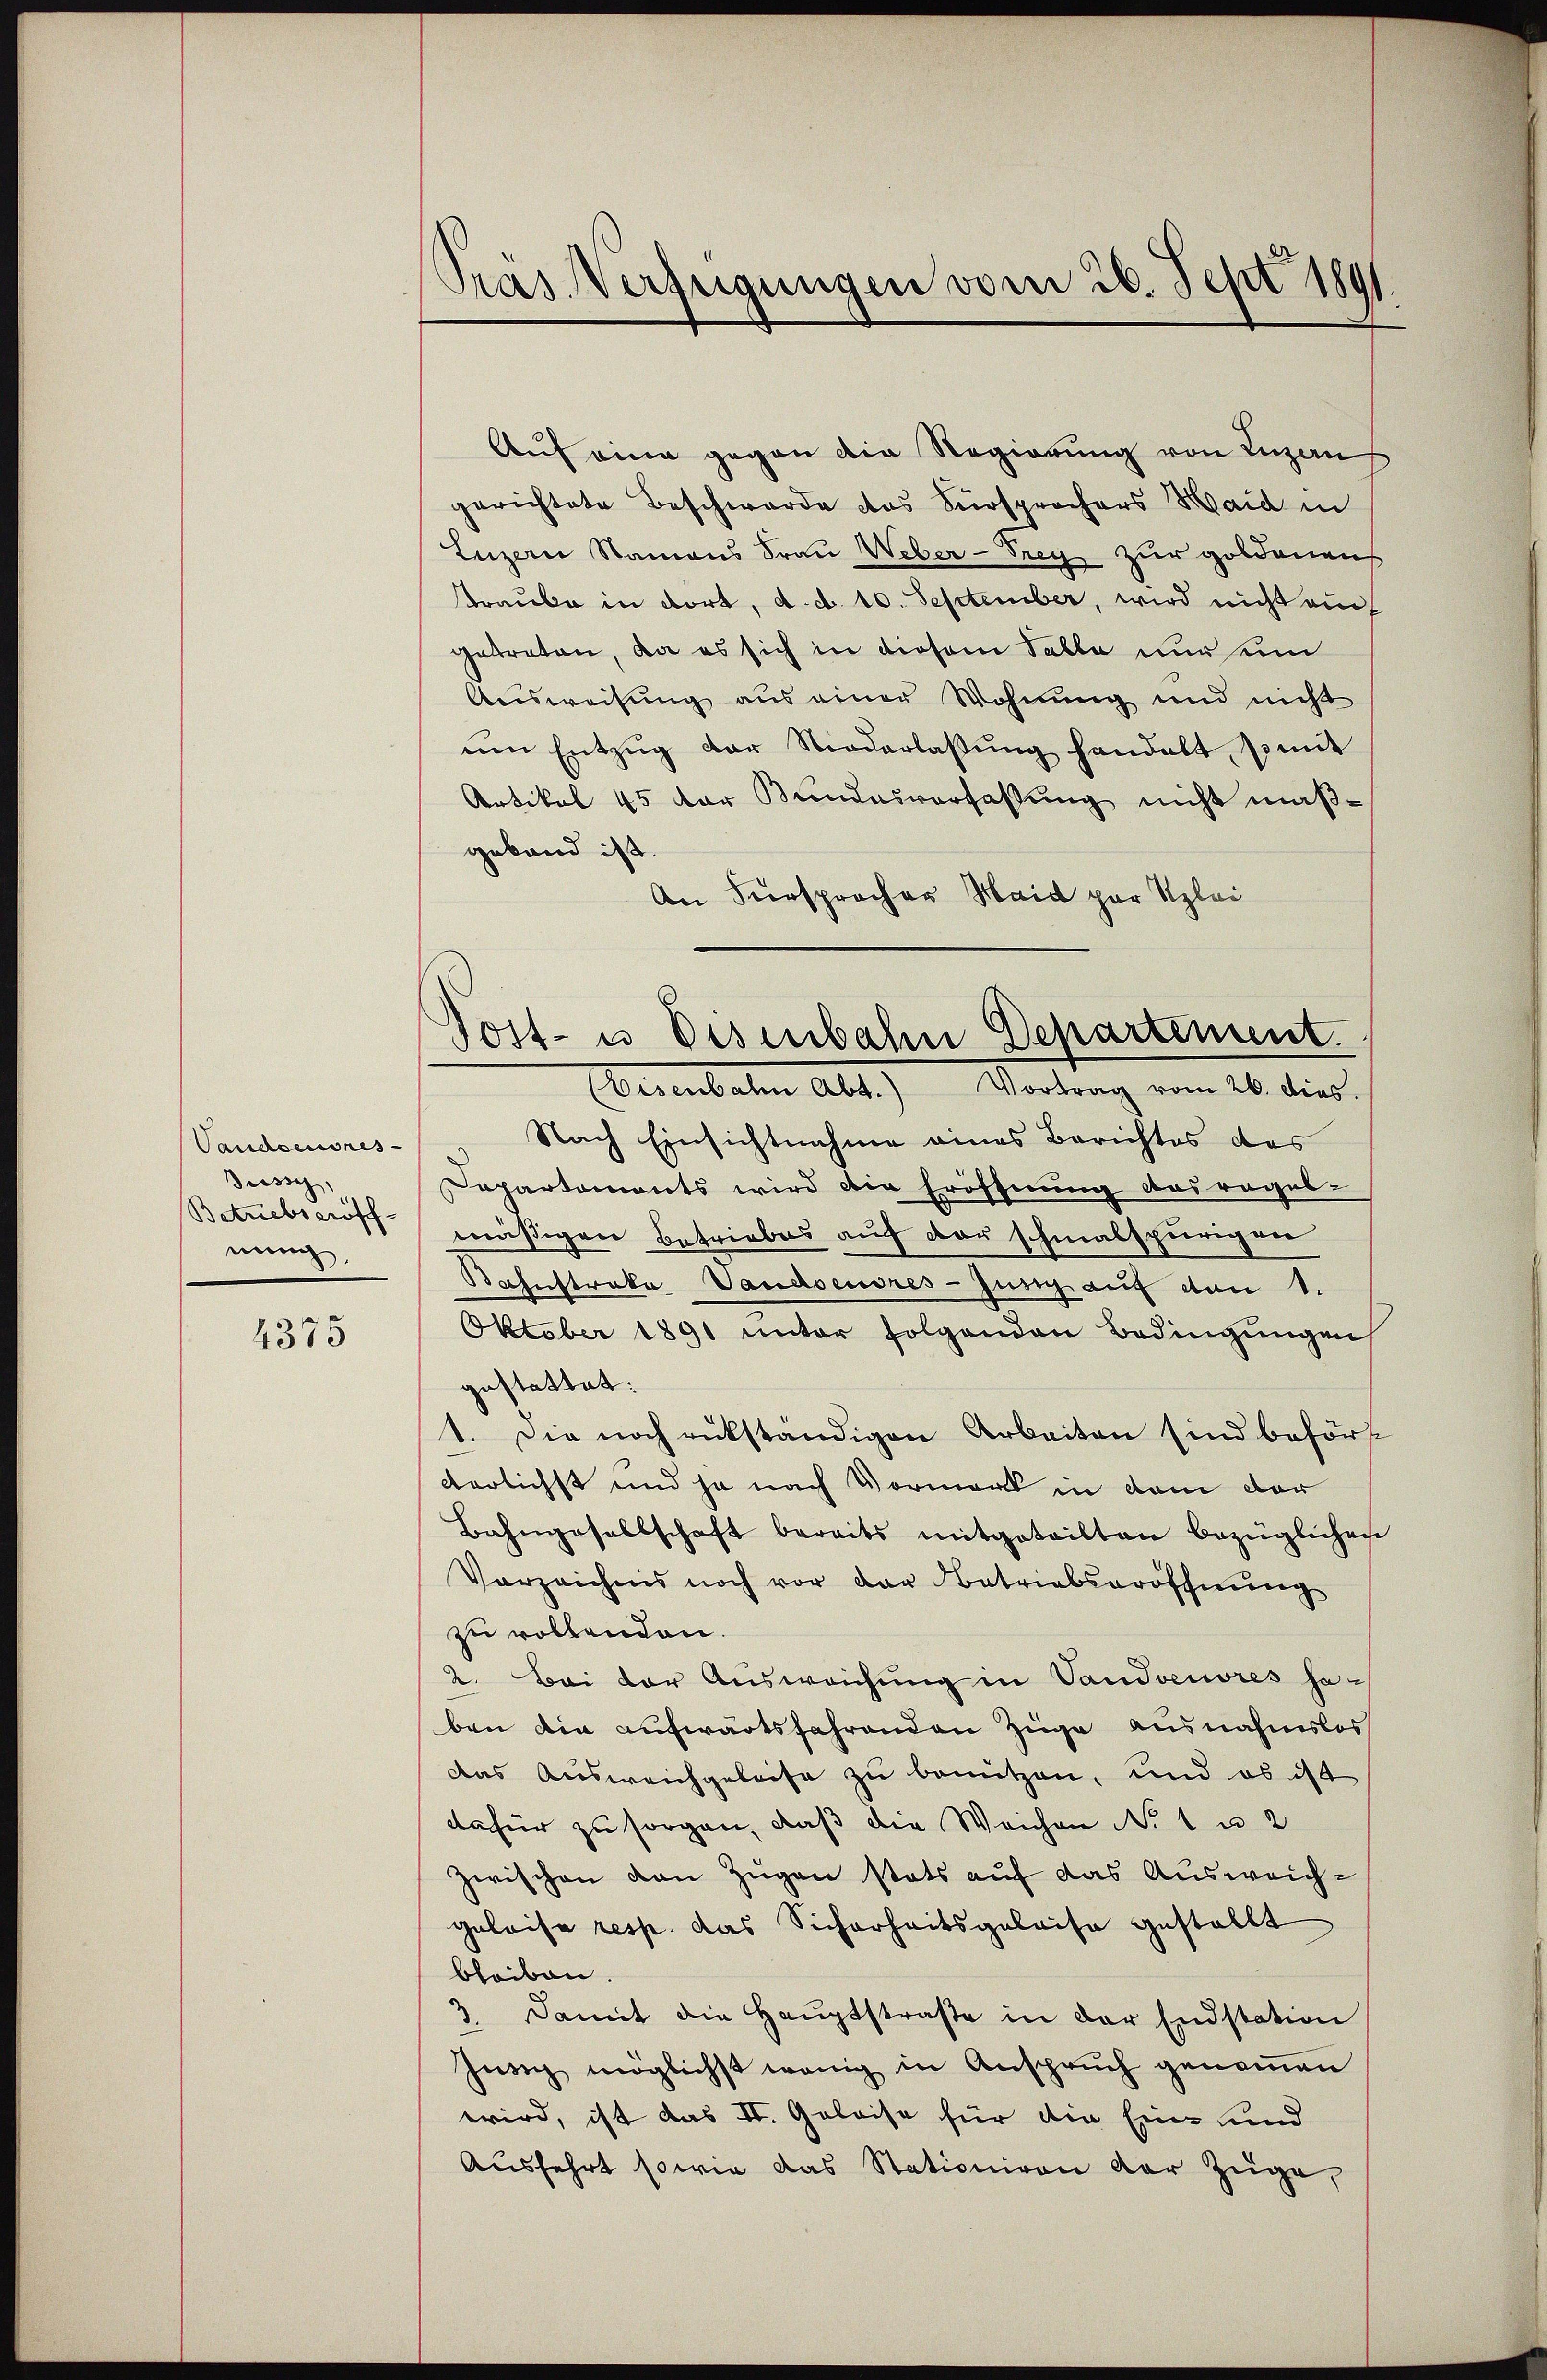
Vandseusnes-
Pussy,
Betriebseröffwech

4375

Pras Verfügungen vom 26. Sept 1891.

Auf eine gegen die Regierung von Lugan
gerichtete Beschwerde das Fürsprochers Haid in
Luzern Namens Frau Weber-Frey zur goldenen
traube in dort, d. d. 10. September, wird nicht ein
getreten, da es sich in diesem Salle nur ein
Ausweisung aus einer Wohnung und nicht
ein Entzug der Niederlassung handelt, somit
Artikel 45 der Bundesverfassung nicht maßgeband ist
An Fürsprocher Haid par Klei

Post- u. Disenbahn Departement.
(Eisenbahn Abt.) Vortrag vom 26. dies.

Nach Einsichtnahme eines Berichtes das
Departements wird die Eröffnung des regel-
mäßigen Betriebes auf der schmalspurigen
Bahnstraka Vaudsensres-Zusich auf den 1.
Oktober 1891 unter folgenden Bedingŭngen
gestattet:
1. Die noch rückständigen Arbeiten sind beförst
derlichst und ja nach Vormerk in dem der
Bahngesellschaft bereits mitgeteilten bezüglichen
Verzeichnis noch vor der Betriebseröffnŭng
zu vollenden.
2. Bei der Ausweichung in Vandoeuores geben die aufwärtsfahrenden Züge ausnahmslos
das Ausweichgeleise zu benützen, und es ist
dafür zu sorgen, daß die Weichen No. 1 u 2
zwischen von Zügen stats auf das Ausweichgeleise resp. das Sicherheitsgeleise gestellt
bleiben.
Damit die Hauptstraße in der Endstation
Inng möglichst wenig in Anspruch genoṁen
wird, ist das II. Geleise für die Ein- und
Aŭsfahrt sowie das Stationiren der Züge,